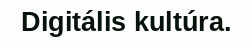
Digitális kultúra.